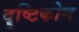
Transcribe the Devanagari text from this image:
दॄष्‍टिकोण